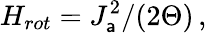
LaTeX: H_{rot}=J_{\mathsf{a}}^{2}/(2\Theta)\, ,